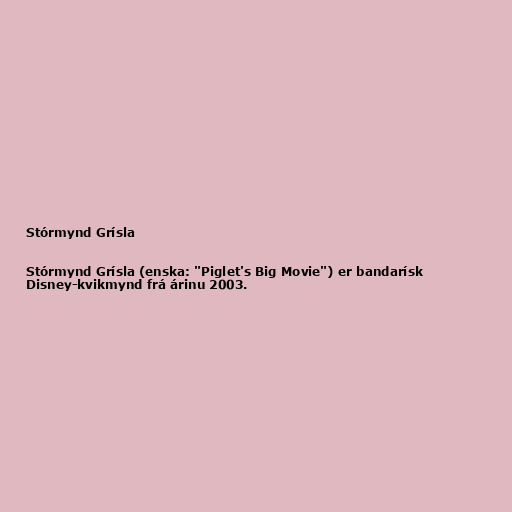
Stórmynd Grísla

Stórmynd Grísla (enska: "Piglet's Big Movie") er bandarísk
Disney-kvikmynd frá árinu 2003.